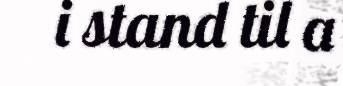
i stand til a